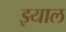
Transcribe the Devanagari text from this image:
झ्याल